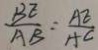
\frac { B E } { A B } = \frac { A E } { A C }